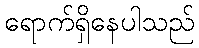
ရောက်ရှိနေပါသည်